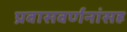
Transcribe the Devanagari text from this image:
प्रवासवर्णनांसह